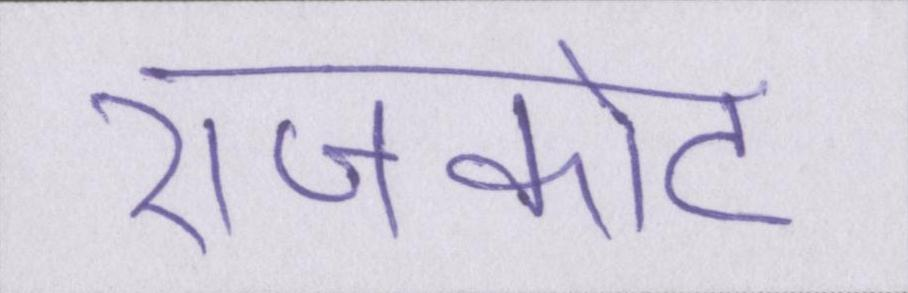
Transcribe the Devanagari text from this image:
राजकोट